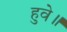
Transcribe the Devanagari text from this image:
हुवे॥